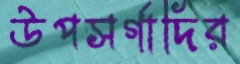
উপসর্গাদির